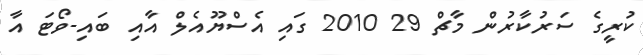
ކުރީގެ ސަރުކާރުން މާޗް 29 2010 ގައި އެސްޔޫއެލް އާއި ބައި-ވޯޓަ އާ